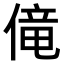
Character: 𫣏